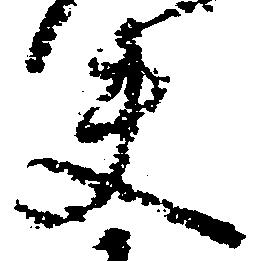
夫